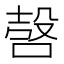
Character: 𣪥